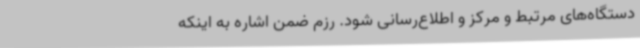
دستگاه‌های مرتبط و مرکز و اطلاع‌رسانی شود. رزم ضمن اشاره به اینکه